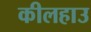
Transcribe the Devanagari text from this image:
कीलहाउ